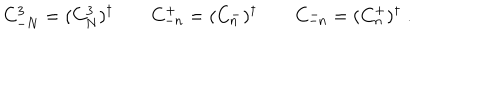
C _ { - N } ^ { 3 } = ( C _ { N } ^ { 3 } ) ^ { \dagger } \qquad C _ { - n } ^ { + } = ( C _ { n } ^ { - } ) ^ { \dagger } \qquad C _ { - n } ^ { - } = ( C _ { n } ^ { + } ) ^ { \dagger } \; .